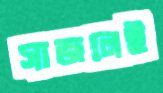
সাজলেই